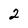
Character: 2